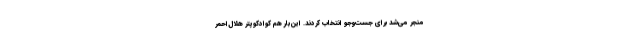
منجر می‌شد برای جست‌وجو انتخاب کردند. این‌بار هم کوادکوپتر هلال‌احمر